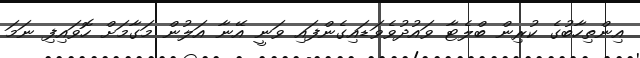
އިންތިހާބުގެ ކުރިން ބްލެޓާ ވައުދުވެވަޑައިގެންފައި ވަނީ އޭނާ އަލުން މަގާމަށް ހޮވައިފި ނަމަ